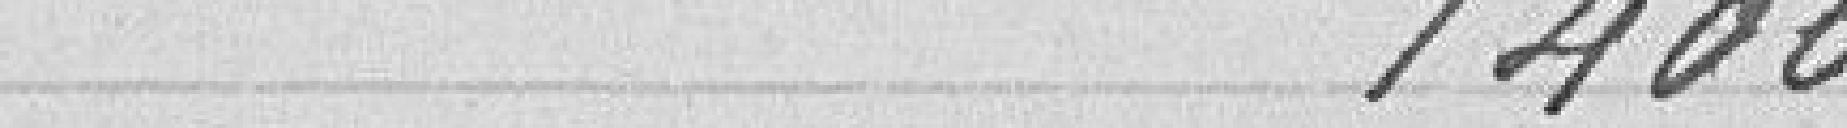
1400